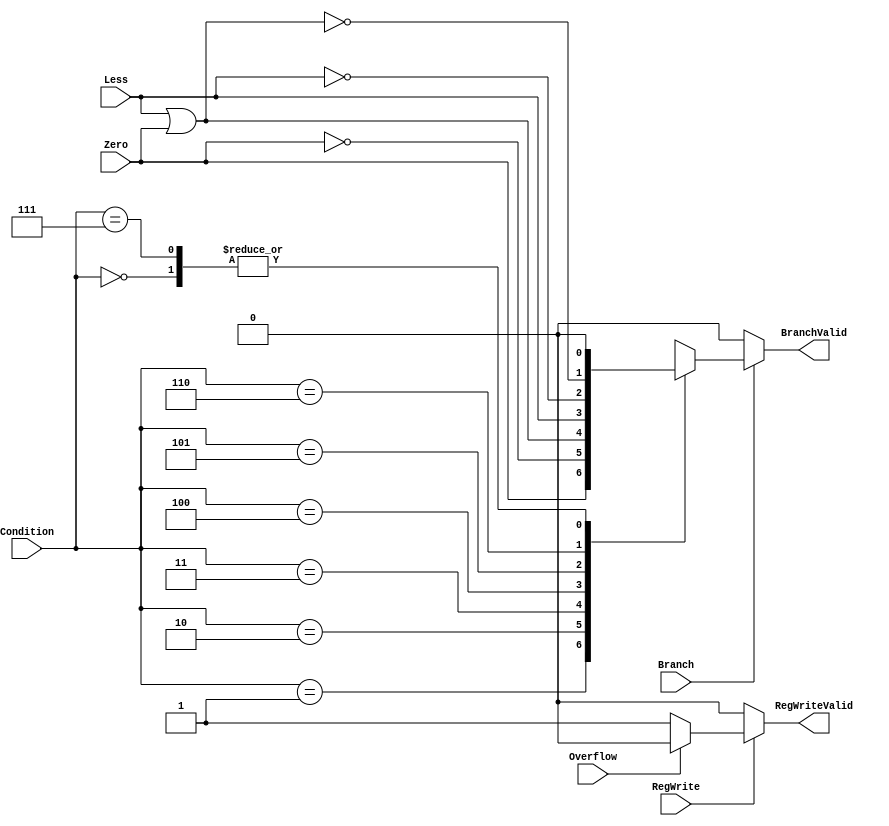
module ConditionCheck(
	input [2:0] Condition,
	input Branch,
	input RegWrite,
	input Less,Zero,Overflow,
	output reg BranchValid,RegWriteValid
);
always @(*)
begin
if(Branch==0)
BranchValid=0;
else
begin
case(Condition)
3'b000:
BranchValid=0;
3'b001:
BranchValid=Zero;
3'b010:
BranchValid=~Zero;
3'b011:
BranchValid=Less|Zero;
3'b100:
BranchValid=Less;
3'b101:
BranchValid=~Less;
3'b110:
BranchValid=~(Less|Zero);
3'b111:
BranchValid=0;
endcase
end
if(RegWrite==0)
RegWriteValid=0;
else if(Overflow==1)
RegWriteValid=0;
else
RegWriteValid=1;
end
endmodule